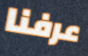
عرفنا